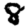
Digit: 8